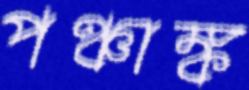
পঞ্চাঙ্ক